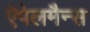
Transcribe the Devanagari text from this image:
ऐपेलमैन्स